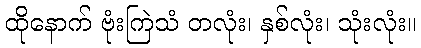
ထိုနောက် ဗုံးကြဲသံ တလုံး၊ နှစ်လုံး၊ သုံးလုံး။